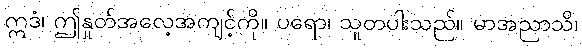
ဣဒံ၊ ဤနှုတ်အလေ့အကျင့်ကို။ ပရော၊ သူတပါးသည်။ မာအညာသိ၊